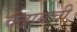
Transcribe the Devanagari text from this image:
चढायची